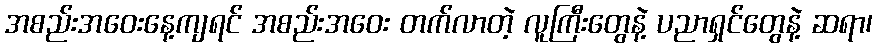
အစည်းအဝေးနေ့ကျရင် အစည်းအဝေး တက်လာတဲ့ လူကြီးတွေနဲ့ ပညာရှင်တွေနဲ့ ဆရာ၊